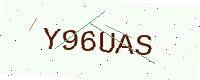
Text: Y96UAS